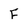
Character: F